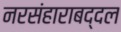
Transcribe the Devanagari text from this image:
नरसंहाराबद्दल